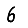
Digit: 6